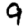
Digit: 9